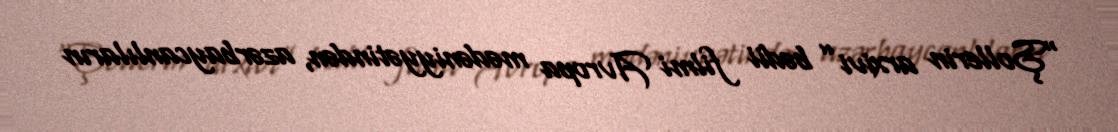
“Şollerin arxivi” bədii filmi Avropa mədəniyyətindən, azərbaycanlıların